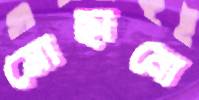
মোছানো